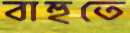
বাহুতে